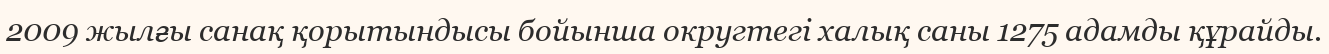
2009 жылғы санақ қорытындысы бойынша округтегі халық саны 1275 адамды құрайды.